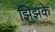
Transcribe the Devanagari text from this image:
झिझके